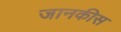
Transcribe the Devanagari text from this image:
जानकीस